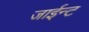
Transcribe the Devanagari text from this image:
जाईन्ट